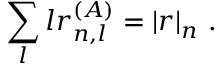
\sum _ { l } l r _ { n , l } ^ { ( A ) } = | r | _ { n } ~ .